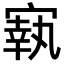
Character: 㝪